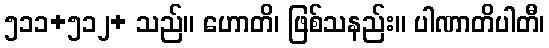
၅၁၁+၅၁၂+ သည်။ ဟောတိ၊ ဖြစ်သနည်း။ ပါဏာတိပါတီ၊